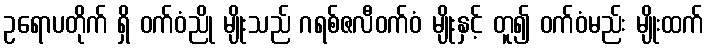
ဥရောပတိုက် ရှိ ဝက်ဝံညို မျိုးသည် ဂရစ်ဇလီဝက်ဝံ မျိုးနှင့် တူ၍ ဝက်ဝံမည်း မျိုးထက်